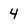
Character: 4